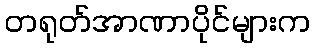
တရုတ်အာဏာပိုင်များက